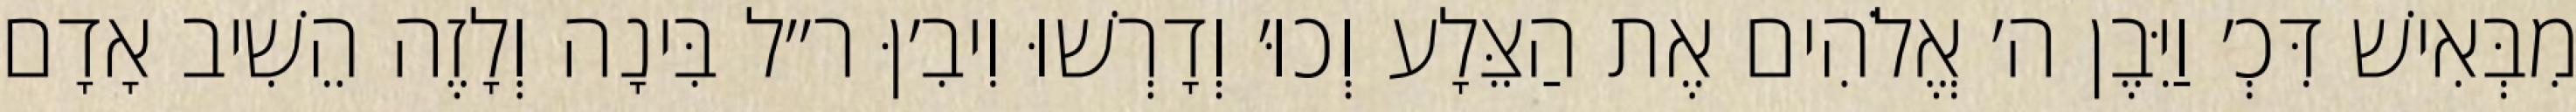
מִבְּאִישׁ דִּכְ׳ וַיִּבֶן ה׳ אֱלֹהִים אֶת הַצֵּלָע וְכוּ׳ וְדָרְשׁוּ וִיבִ׳ןּ ר״ל בִּינָה וְלָזֶה הֵשִׁיב אָדָם